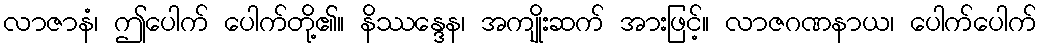
လာဇာနံ၊ ဤပေါက် ပေါက်တို့၏။ နိဿန္ဒေန၊ အကျိုးဆက် အားဖြင့်။ လာဇဂဏနာယ၊ ပေါက်ပေါက်